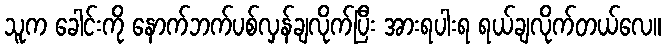
သူက ခေါင်းကို နောက်ဘက်ပစ်လှန်ချလိုက်ပြီး အားရပါးရ ရယ်ချလိုက်တယ်လေ။